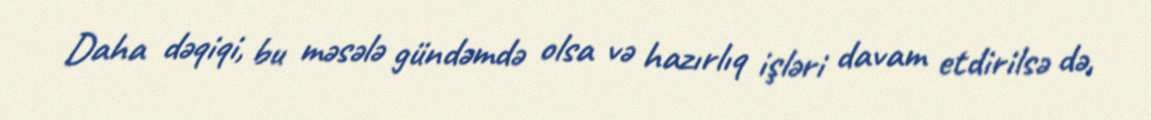
Daha dəqiqi, bu məsələ gündəmdə olsa və hazırlıq işləri davam etdirilsə də,